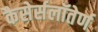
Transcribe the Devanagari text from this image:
कैसेर्सलॉतेर्ण